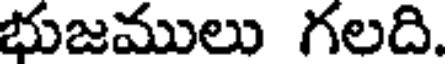
భుజములు గలది.